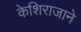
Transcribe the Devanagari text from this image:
केशिराजाने